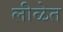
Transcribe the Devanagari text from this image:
लीळेत